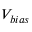
V _ { b i a s }